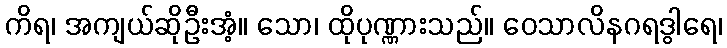
ကိရ၊ အကျယ်ဆိုဦးအံ့။ သော၊ ထိုပုဏ္ဏားသည်။ ဝေသာလိနဂရဒွါရေ၊